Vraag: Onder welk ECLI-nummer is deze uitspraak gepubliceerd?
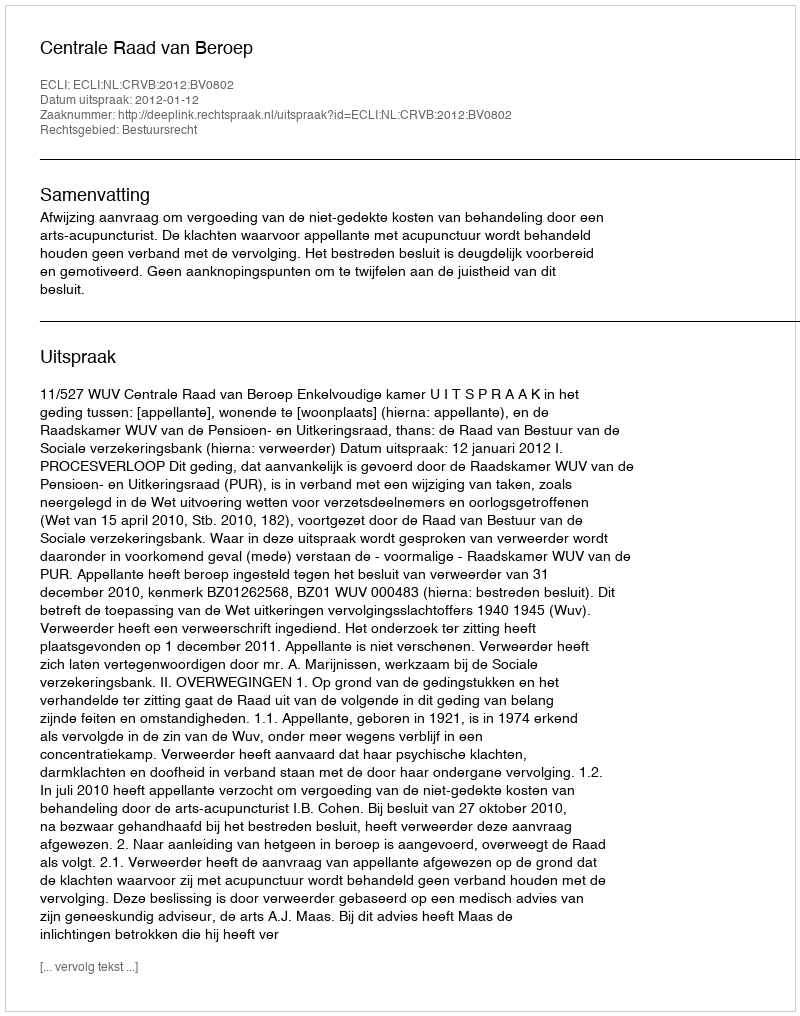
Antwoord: ECLI:NL:CRVB:2012:BV0802